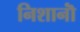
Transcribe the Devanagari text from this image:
निशानॊं